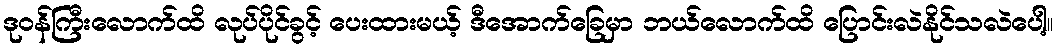
ဒုဝန်ကြီးလောက်ထိ လုပ်ပိုင်ခွင့် ပေးထားမယ့် ဒီအောက်ခြေမှာ ဘယ်လောက်ထိ ပြောင်းလဲနိုင်သလဲပေါ့။